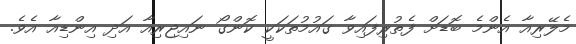
މެލޭރިއާ އެންމެ ބޮޑަށް ފެތުރިފައިވާ ގައުމުތަކަކީ ކޮންގޯ ނައިޖިރިއާ އަދި އިންޑިއާ އެވެ.